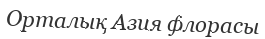
Орталық Азия флорасы